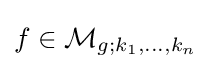
f\in {\mathcal {M}}_{g;k_{1},\dots ,k_{n}}